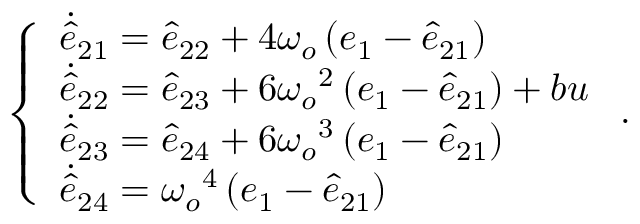
\left\{ \begin{array} { l l } { \dot { \hat { e } } _ { 2 1 } = \hat { e } _ { 2 2 } + { 4 \omega _ { o } } \left( e _ { 1 } - \hat { e } _ { 2 1 } \right) } \\ { \dot { \hat { e } } _ { 2 2 } = \hat { e } _ { 2 3 } + 6 { \omega _ { o } } ^ { 2 } \left( e _ { 1 } - \hat { e } _ { 2 1 } \right) + b u } \\ { \dot { \hat { e } } _ { 2 3 } = \hat { e } _ { 2 4 } + 6 { \omega _ { o } } ^ { 3 } \left( e _ { 1 } - \hat { e } _ { 2 1 } \right) } \\ { \dot { \hat { e } } _ { 2 4 } = { \omega _ { o } } ^ { 4 } \left( e _ { 1 } - \hat { e } _ { 2 1 } \right) } \end{array} \right. .